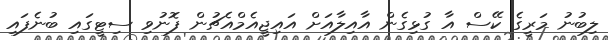
ލިބުނު މަރީގެ ކޭސް އާ ގުޅިގެން އާއިލާއަށް އައިޖީއެމްއެޗުން ފޮނުވި ސިޓީގައި ބުނެފައި